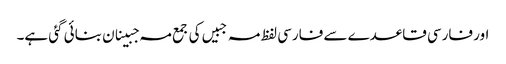
اور فارسی قاعدے سے فارسی لفظ مہ جبیں کی جمع مہ جبینان بنائی گئی ہے۔